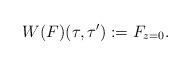
\begin{align*} W(F)(\tau,\tau') := F_{z=0}.\end{align*}